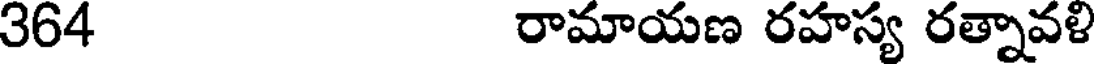
364 రామాయణ రహస్య రత్నావళి